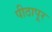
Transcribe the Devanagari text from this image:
पीठापूर